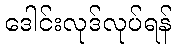
ဒေါင်းလုဒ်လုပ်ရန်